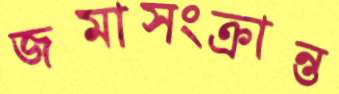
জমাসংক্রান্ত